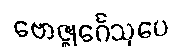
ဗောဇ္ဈင်္ဂေသုပေ